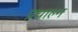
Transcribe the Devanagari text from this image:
प्रचाल्न